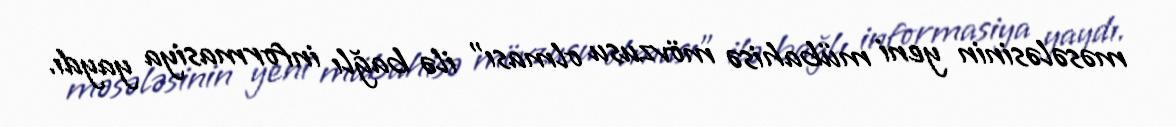
məsələsinin yeni mübahisə mövzusu olması" ilə bağlı informasiya yaydı.